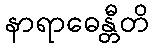
နာရာဓေန္တီတိ